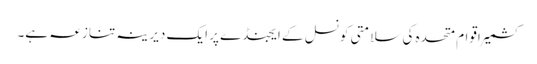
کشمیر اقوام متحدہ کی سلامتی کونسل کے ایجنڈے پر ایک دیرینہ تنازعہ ہے۔